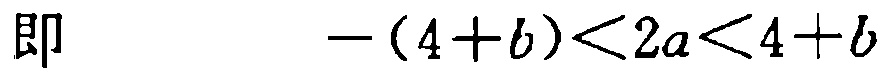
即 \(-(4 + b) < 2a < 4 + b\)